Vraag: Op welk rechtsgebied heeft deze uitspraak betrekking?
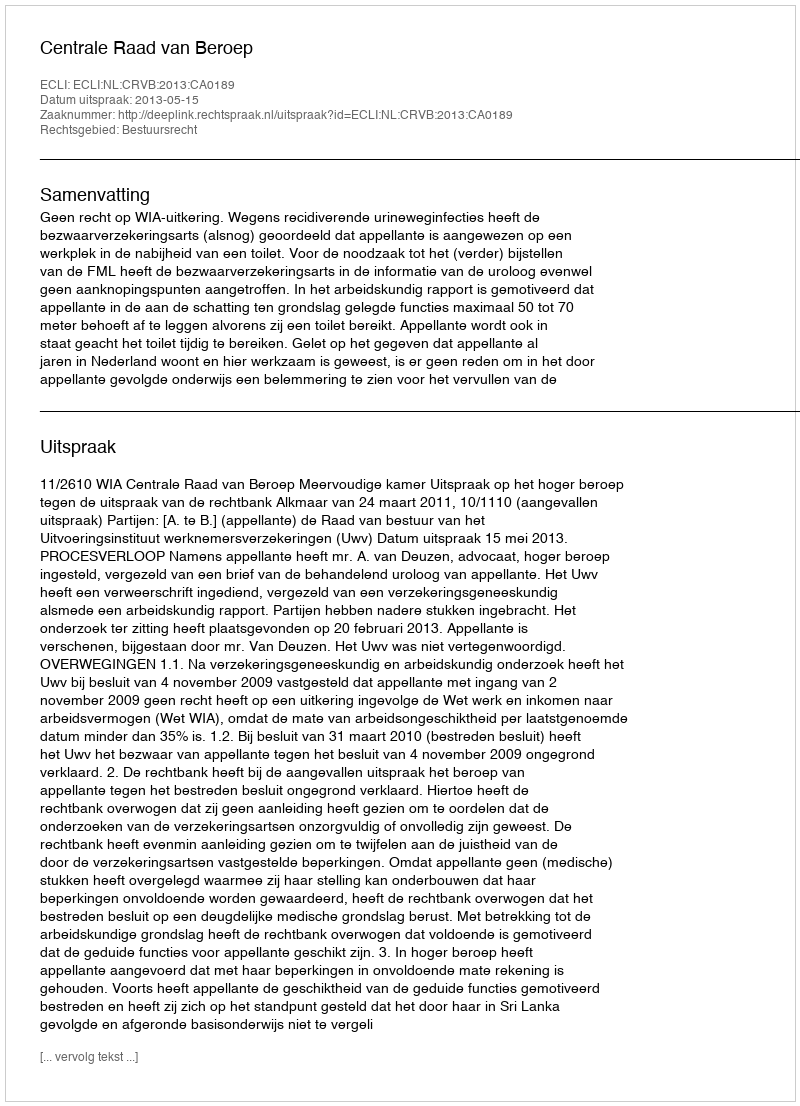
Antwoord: Bestuursrecht